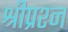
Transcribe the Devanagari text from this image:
श्रीप्रश्न